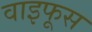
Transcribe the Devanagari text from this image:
वाइफूस